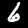
Digit: 6